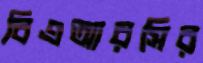
বিএআরসির